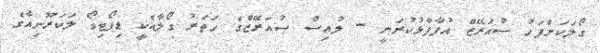
ގޯލަކަށްފަހު ސުއަރޭޒް އުފާފާޅުކުރަނީ - ލުއިސް ސުއަރޭޒްގެ ހަތަރު ގޯލާއެކީ ޑިޕޯޓިވޯ ލަކަރޫނިއާގެ